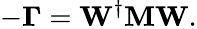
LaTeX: -\mathbf{\Gamma}=\mathbf{W}^{\dagger}\mathbf{M}\mathbf{W}.